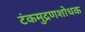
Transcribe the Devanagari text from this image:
टंकमुद्रणशोधक